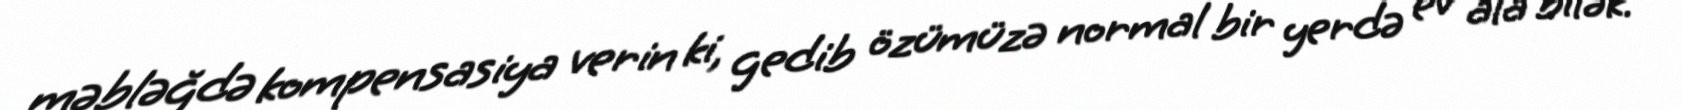
məbləğdə kompensasiya verin ki, gedib özümüzə normal bir yerdə ev ala bilək.